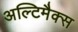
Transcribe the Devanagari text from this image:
अल्टिमैक्स